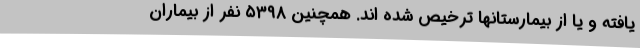
یافته و یا از بیمارستانها ترخیص شده اند. همچنین ۵۳۹۸ نفر از بیماران